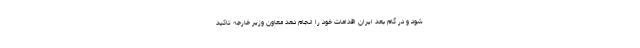
شود و در گام بعد ایران اقدامات خود را انجام دهد معاون وزیر خارجه تاکید